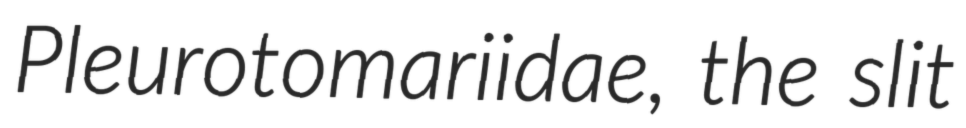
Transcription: Pleurotomariidae, the slit